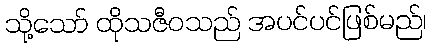
သို့သော် ထိုသဇီဝသည် အပင်ပင်ဖြစ်မည်၊